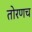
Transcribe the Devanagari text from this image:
तोरणच